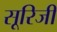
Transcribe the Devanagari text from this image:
सूरिजी